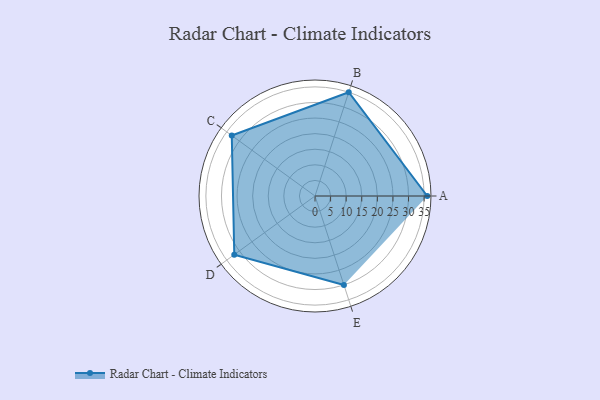
{"axis": {"x": "Skill", "y": "Score"}, "legend": ["Profile"], "data": [{"x": "A", "y": 36.0, "type": "Profile"}, {"x": "B", "y": 35.0, "type": "Profile"}, {"x": "C", "y": 33.0, "type": "Profile"}, {"x": "D", "y": 32.0, "type": "Profile"}, {"x": "E", "y": 30.0, "type": "Profile"}]}